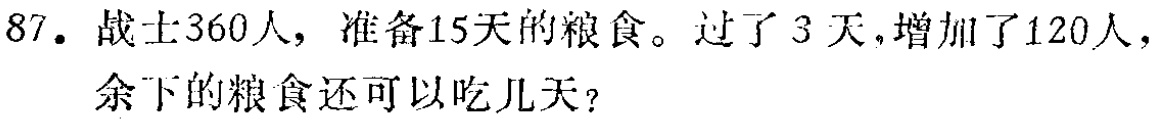
87. 战士360人，准备15天的粮食。过了3天，增加了120人，余下的粮食还可以吃几天？